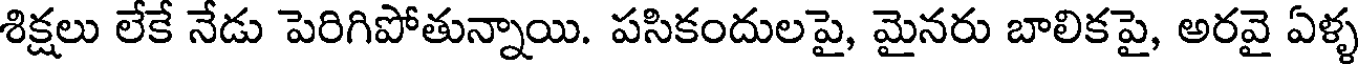
శిక్షలు లేకే నేడు పెరిగిపోతున్నాయి. పసికందులపై, మైనరు బాలికపై, అరవై ఏళ్ళ